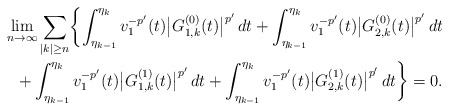
\begin{align*}\lim_{n\to\infty}\sum_{|k|\ge n}\biggl\{\int_{\eta_{k-1}}^{\eta_k}v_1^{-p'}(t)\bigl|G_{1,k}^{(0)}(t)\bigr|^{p'}\,dt+\int_{\eta_{k-1}}^{\eta_k}v_1^{-p'}(t)\bigl|G_{2,k}^{(0)}(t)\bigr|^{p'}\,dt\\+\int_{\eta_{k-1}}^{\eta_k}v_1^{-p'}(t)\bigl|G_{1,k}^{(1)}(t)\bigr|^{p'}\,dt+\int_{\eta_{k-1}}^{\eta_k}v_1^{-p'}(t)\bigl|G_{2,k}^{(1)}(t)\bigr|^{p'}\,dt\biggr\}=0.\end{align*}